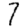
Digit: 7